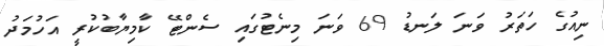
ނިއުގެ ހަތަރު ވަނަ ލަނޑު 69 ވަނަ މިނެޓުގައި ސެންޓޭ ކާމިޔާބުކުރީ އަހުމަދު